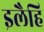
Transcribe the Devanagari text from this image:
इलैहि